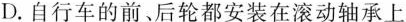
D.自行车的前。后轮都安装在滚动轴承上